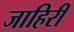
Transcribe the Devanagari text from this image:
जाहिरी